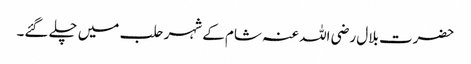
حضرت بلال رضی اللہ عنہ شام کے شہر حلب میں چلے گئے۔